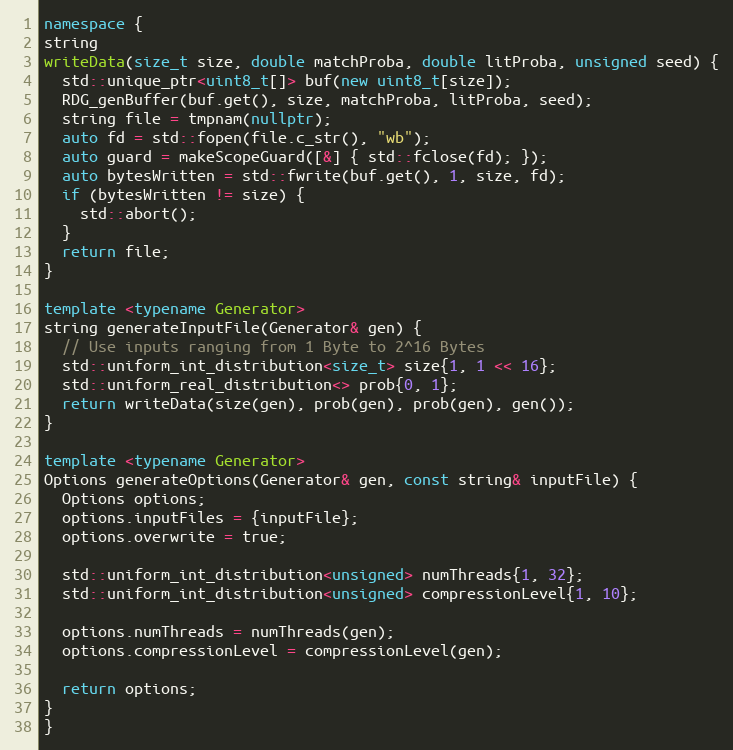
Language: C++
namespace {
string
writeData(size_t size, double matchProba, double litProba, unsigned seed) {
  std::unique_ptr<uint8_t[]> buf(new uint8_t[size]);
  RDG_genBuffer(buf.get(), size, matchProba, litProba, seed);
  string file = tmpnam(nullptr);
  auto fd = std::fopen(file.c_str(), "wb");
  auto guard = makeScopeGuard([&] { std::fclose(fd); });
  auto bytesWritten = std::fwrite(buf.get(), 1, size, fd);
  if (bytesWritten != size) {
    std::abort();
  }
  return file;
}

template <typename Generator>
string generateInputFile(Generator& gen) {
  // Use inputs ranging from 1 Byte to 2^16 Bytes
  std::uniform_int_distribution<size_t> size{1, 1 << 16};
  std::uniform_real_distribution<> prob{0, 1};
  return writeData(size(gen), prob(gen), prob(gen), gen());
}

template <typename Generator>
Options generateOptions(Generator& gen, const string& inputFile) {
  Options options;
  options.inputFiles = {inputFile};
  options.overwrite = true;

  std::uniform_int_distribution<unsigned> numThreads{1, 32};
  std::uniform_int_distribution<unsigned> compressionLevel{1, 10};

  options.numThreads = numThreads(gen);
  options.compressionLevel = compressionLevel(gen);

  return options;
}
}